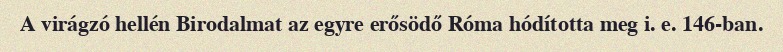
A virágzó hellén Birodalmat az egyre erősödő Róma hódította meg i. e. 146-ban.